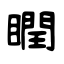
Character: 瞤